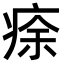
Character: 𤶠